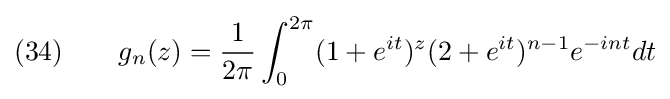
(34)\qquad g_{n}(z)={\frac {1}{2\pi }}\int _{0}^{2\pi }(1+e^{it})^{z}(2+e^{it})^{n-1}e^{-int}dt